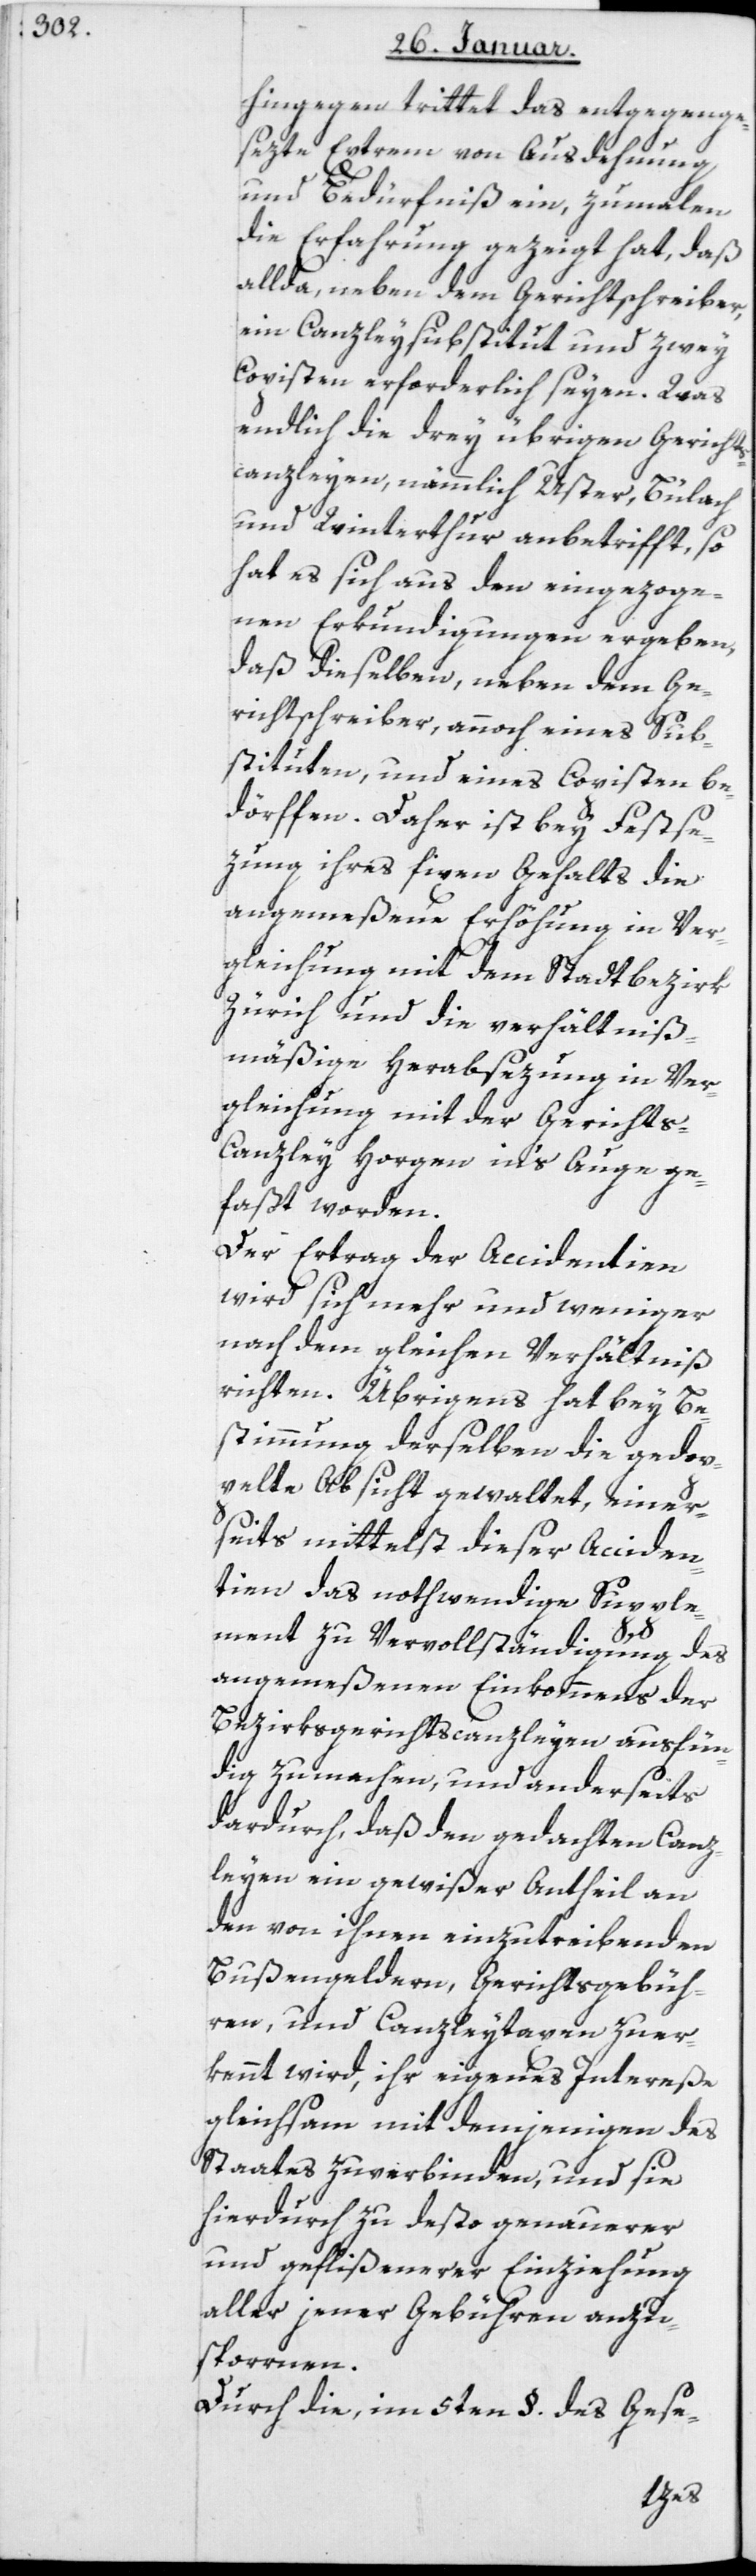
hingegen trittet das entgegenge¬
setzte Extrem von Ausdehnung
und Bedürfniß ein, zumalen
die Erfahrung gezeigt hat, daß
allda, neben dem Gerichtschreiber,
ein Canzleysubstitut und zwey
Copisten erforderlich seyen. Was
endlich die drey übrigen Gerichts¬
canzleyen, nämlich Uster, Bülach
und Winterthur anbetrifft, so
hat es sich aus den eingezoge¬
nen Erkundigungen ergeben,
daß dieselben, neben dem Ge¬
richtschreiber, annoch eines Sub¬
stituten und eines Copisten be¬
dürfen. Daher ist bey Festse¬
tzung ihres fixen Gehalts die
angemeßene Erhöhung in Ver¬
gleichung mit dem Stadtbezirk
Zürich und die verhältnis¬
mäßige Herabsezung in Ver¬
gleichung mit der Gericht¬
s-Canzley Horgen ins Auge ge¬
faßt worden.
Der Ertrag der Accidentien
wird sich mehr und weniger
nach dem gleichen Verhältnis
richten. Übrigens hat bey Be¬
stimmung derselben die gedop¬
pelte Absicht gewaltet, einer¬
seits mittelst dieser Acciden¬
tien das nothwendige Supple¬
Canz¬
ment zu Vervollständigung des
angemeßenen Einkommens der
Bezirksgerichts-canzleyen ausfün¬
dig zu machen, und anderseits
leyen ein gewißer Antheil an
den von ihnen einzutreibenden
Bußengeldern, Gerichtsgebüh¬
ren und Canzleytaxen zuer¬
kannt wird, ihr eigenes Intereße
gleichsam mit demjenigen des
Staates zu verbinden, und sie
hierdurch zu desto genauerer
und geflißener Einziehung
aller jener Gebühren anzu¬
spornen.
Durch die, im 5ten § des Gese-